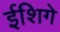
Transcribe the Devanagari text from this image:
ईशिगे